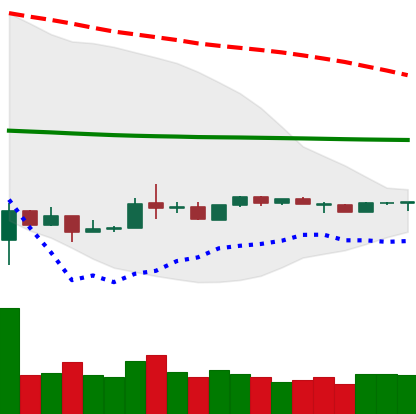
Ticker: LTC-USD
Chart end date: 2020-04-01
Forward return: 12.723%
Label: up_7plus